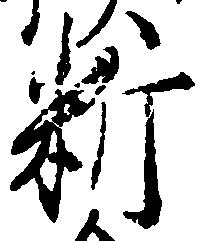
料